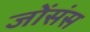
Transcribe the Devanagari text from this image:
जोंसंस